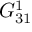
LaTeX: G _ { 3 1 } ^ { 1 }